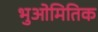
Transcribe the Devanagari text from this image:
भुओमितिक